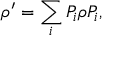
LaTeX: \rho ^ { \prime } = \sum _ { i } P _ { i } \rho P _ { i } ,